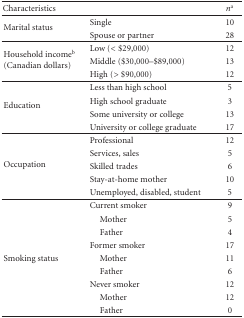
<table><thead><tr><td colspan="2"><b>Characteristics</b></td><td><b><i>n</i><sup>a</sup></b></td></tr></thead><tbody><tr><td rowspan="2">Marital status</td><td>Single</td><td>10</td></tr><tr><td>Spouse or partner</td><td>28</td></tr><tr><td rowspan="3">Household income<sup>b</sup>(Canadian dollars)</td><td>Low (&lt;$29,000)</td><td>12</td></tr><tr><td>Middle ($30,000–$89,000)</td><td>13</td></tr><tr><td>High (&gt;$90,000)</td><td>12</td></tr><tr><td rowspan="4">Education</td><td>Less than high school</td><td>5</td></tr><tr><td>High school graduate</td><td>3</td></tr><tr><td>Some university or college</td><td>13</td></tr><tr><td>University or college graduate</td><td>17</td></tr><tr><td rowspan="5">Occupation</td><td>Professional</td><td>12</td></tr><tr><td>Services, sales</td><td>5</td></tr><tr><td>Skilled trades</td><td>6</td></tr><tr><td>Stay-at-home mother</td><td>10</td></tr><tr><td>Unemployed, disabled, student</td><td>5</td></tr><tr><td></td><td>Current smoker</td><td>9</td></tr><tr><td></td><td> Mother</td><td>5</td></tr><tr><td></td><td> Father</td><td>4</td></tr><tr><td></td><td>Former smoker</td><td>17</td></tr><tr><td>Smoking status</td><td> Mother</td><td>11</td></tr><tr><td></td><td> Father</td><td>6</td></tr><tr><td></td><td>Never smoker</td><td>12</td></tr><tr><td></td><td> Mother</td><td>12</td></tr><tr><td></td><td> Father</td><td>0</td></tr></tbody></table>